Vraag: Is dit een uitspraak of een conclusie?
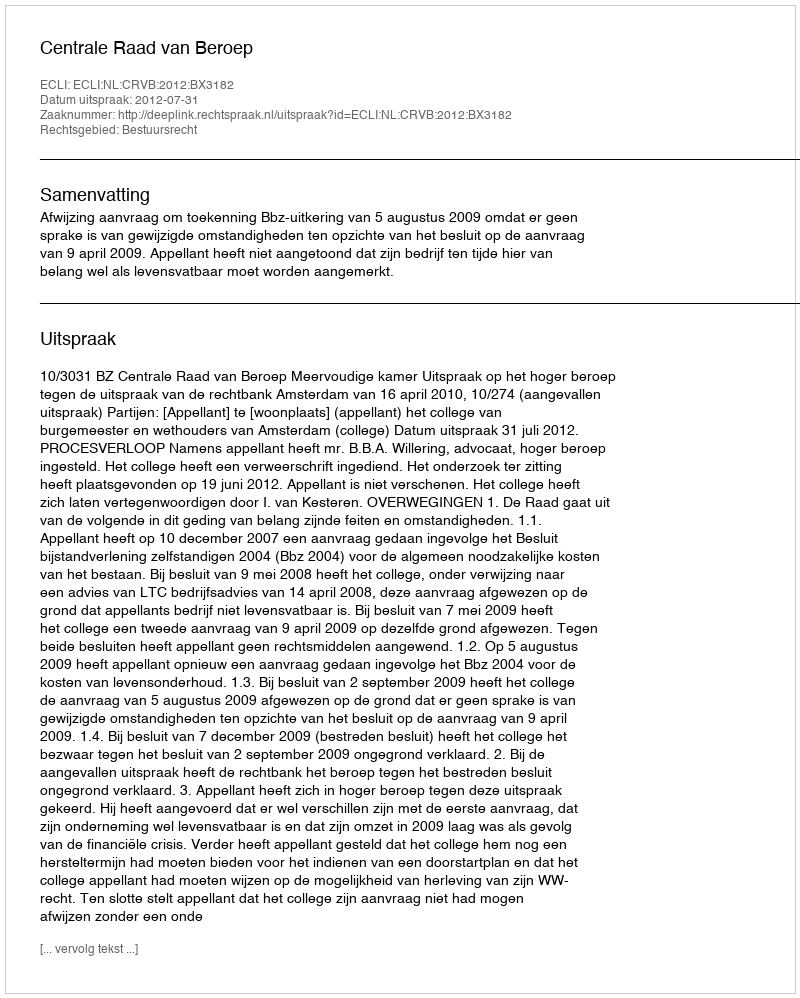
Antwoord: Uitspraak